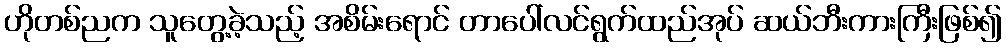
ဟိုတစ်ညက သူတွေ့ခဲ့သည့် အစိမ်းရောင် တာပေါ်လင်ရွက်ထည်အုပ် ဆယ်ဘီးကားကြီးဖြစ်၍